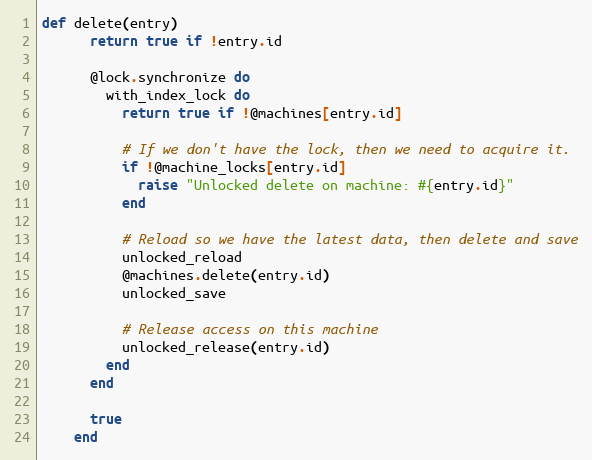
Language: Ruby
def delete(entry)
      return true if !entry.id

      @lock.synchronize do
        with_index_lock do
          return true if !@machines[entry.id]

          # If we don't have the lock, then we need to acquire it.
          if !@machine_locks[entry.id]
            raise "Unlocked delete on machine: #{entry.id}"
          end

          # Reload so we have the latest data, then delete and save
          unlocked_reload
          @machines.delete(entry.id)
          unlocked_save

          # Release access on this machine
          unlocked_release(entry.id)
        end
      end

      true
    end